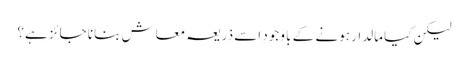
لیکن کیا مالدار ہونے کے با وجود اسے ذریعہ معاش بنانا جائز ہے؟